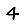
Digit: 4